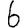
Digit: 6